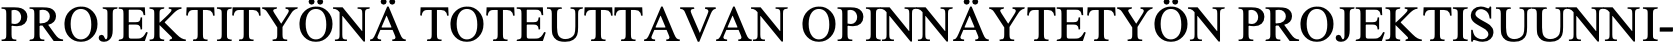
PROJEKTITYÖNÄ TOTEUTTAVAN  OPINNÄYTETYÖN PROJEKTISUUNNI-